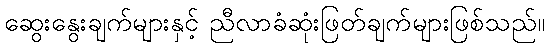
ဆွေးနွေးချက်များနှင့် ညီလာခံဆုံးဖြတ်ချက်များဖြစ်သည်။